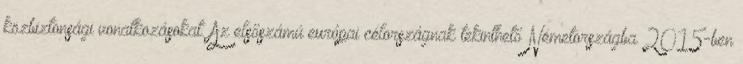
közbiztonsági vonatkozásokat. Az elsőszámú európai célországnak tekinthető Németországba 2015-ben